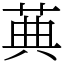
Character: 䓦